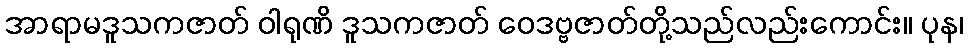
အာရာမဒူသကဇာတ် ဝါရုဏိ ဒူသကဇာတ် ဝေဒဗ္ဗဇာတ်တို့သည်လည်းကောင်း။ ပုန၊